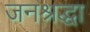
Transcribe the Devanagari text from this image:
जनश्रद्धा